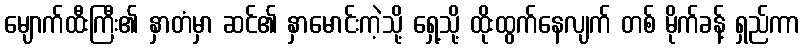
မျောက်ထီးကြီး၏ နှာတံမှာ ဆင်၏ နှာမောင်းကဲ့သို့ ရှေ့သို့ ထိုးထွက်နေလျက် တစ် မိုက်ခန့် ရှည်ကာ